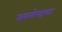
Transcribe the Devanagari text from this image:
सबसेपहला